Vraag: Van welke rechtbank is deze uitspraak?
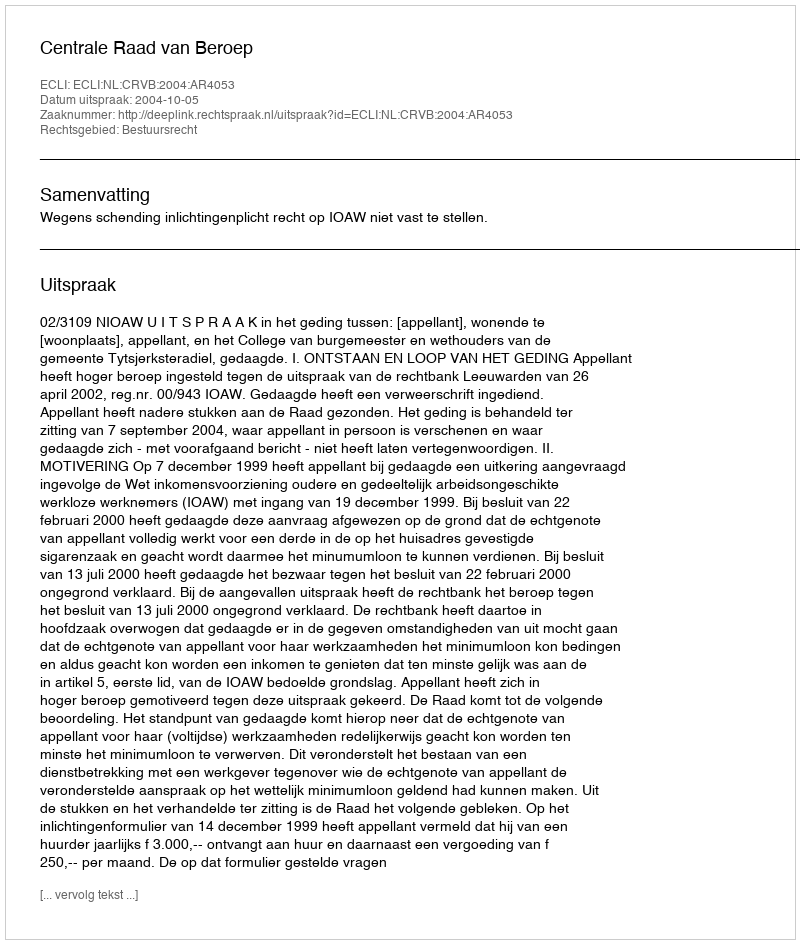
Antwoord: Centrale Raad van Beroep